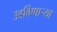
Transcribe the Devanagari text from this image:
उडविणार्‍या